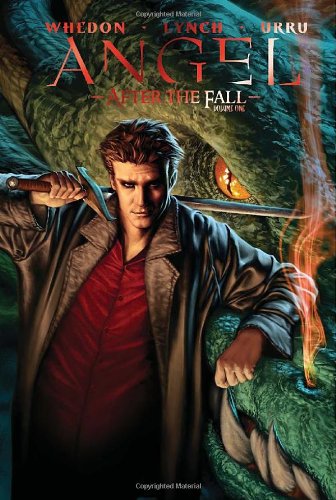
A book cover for Angel: After The Fall Volume 1; Joss Whedon; Comics & Graphic Novels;